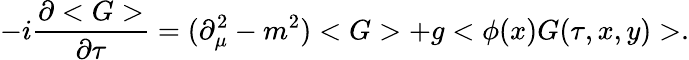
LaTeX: -i\frac{\partial<G>}{\partial\tau}=(\partial_{\mu}^{2}-m^{2})<G>+g<\phi(x)G(\tau,x,y)>.